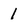
Character: 1